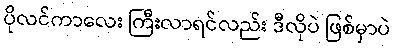
ပိုလင်ကာလေး ကြီးလာရင်လည်း ဒီလိုပဲ ဖြစ်မှာပဲ